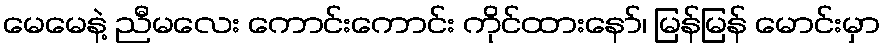
မေမေနဲ့ ညီမလေး ကောင်းကောင်း ကိုင်ထားနော်၊ မြန်မြန် မောင်းမှာ